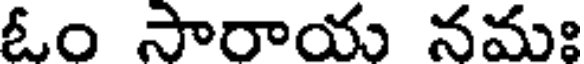
ఓం సారాయ నమః